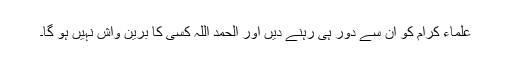
علماء کرام کو ان سے دور ہی رہنے دیں اور الحمد اللہ کسی کا برین واش نہیں ہو گا۔